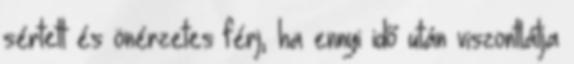
sértett és önérzetes férj, ha ennyi idő után viszontlátja